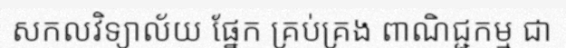
សកលវិទ្យាល័យ ផ្នែក គ្រប់គ្រង ពាណិជ្ជកម្ម ជា